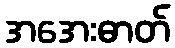
အအေးဓာတ်